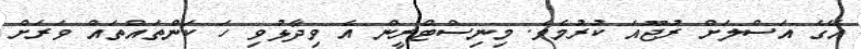
އޭގެ އަސްލަށް ރުޖޫއަ ކުރުމެވެ. މިނިސްޓްރީން އެ ވިދާޅުވި ހަ ކަންތައްތައް ވަރަށް